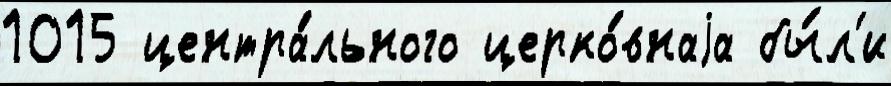
1015 центра́льного церко́внаjа бы́л'и